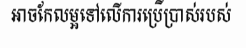
អាចកែលម្អទៅលើការប្រើប្រាស់របស់